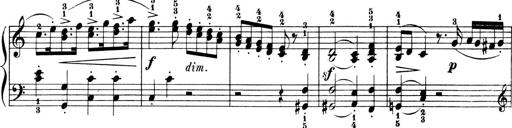
Title: 6 Piano Sonatinas
Composer: Cornelius Gurlitt